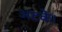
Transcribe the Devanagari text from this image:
अटकें।